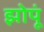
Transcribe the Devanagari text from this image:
झोपूं